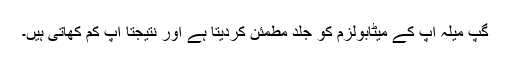
گپ میلہ آپ کے میٹابولزم کو جلد مطمئن کردیتا ہے اور نتیجتاً آپ کم کھاتی ہیں۔